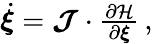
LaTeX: \begin{array}{r}{\dot{\boldsymbol{\xi}}=\boldsymbol{{\mathcal{J}}}\cdot\frac{\partial{\mathcal{H}}}{\partial\boldsymbol{\xi}}\, ,}\end{array}